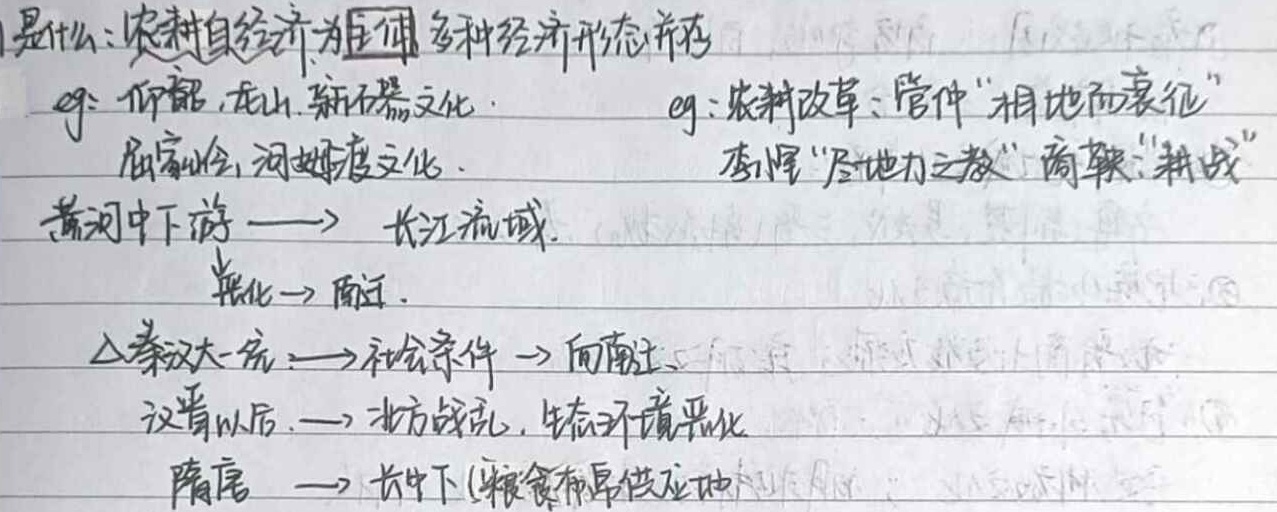
是什么：农耕自然经济为主体，多种经济形态并存。
eg：仰韶、龙山、新石器文化。
eg：农耕改革：管仲“相地而衰征”，李悝“尽地力之教”，商鞅“耕战”。
黄河中下游$\longrightarrow$长江流域。北人南迁。
$\triangle$秦汉大一统，创造社会条件，人口向南迁。
汉晋以后，北方战乱，生态环境恶化。
隋唐时期，长江中下游成为粮食布帛供应地。